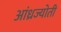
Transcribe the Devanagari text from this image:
आंध्रज्योती